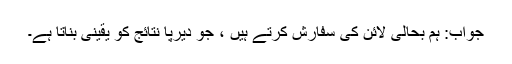
جواب: ہم بحالی لائن کی سفارش کرتے ہیں ، جو دیرپا نتائج کو یقینی بناتا ہے۔